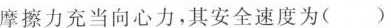
摩擦力充当向心力，其安全速度为( )